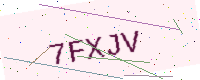
Text: 7FXJV